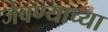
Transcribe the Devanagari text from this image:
जेवण्याच्या